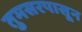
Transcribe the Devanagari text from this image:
तुमसरपासून